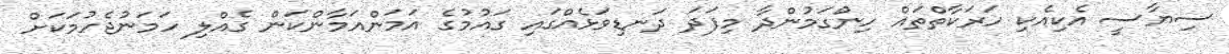
ސިޔާސީ އެކިއެކި ހަރަކާތްތައް ހިންގަމުންދާ މިފަދަ ދަނޑިވަޅެއްގައި ގައުމުގެ އަމަންއަމާންކަން ގެއްލި ހަމަނުޖެހުމަކަށް